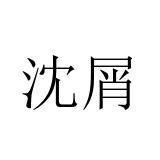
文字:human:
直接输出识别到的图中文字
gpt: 沈屑